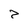
Character: z